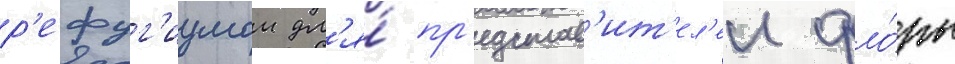
р'ефуг'иумом дл'я́ пр'едстав'ит'ел'еи фло́ры